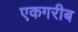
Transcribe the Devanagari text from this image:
एकगरीब